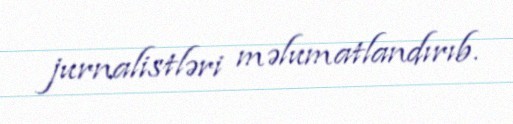
jurnalistləri məlumatlandırıb.